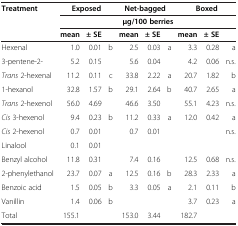
| Treatment | <COLSPAN=3> Exposed | <COLSPAN=3> Net-bagged | <COLSPAN=3> Boxed |
 |  | <COLSPAN=9> μg/100 berries |
 |  | mean | ± SE |  | mean | ± SE |  | mean | ± SE |  |
 | --- | --- | --- | --- | --- | --- | --- | --- | --- | --- |
 | Hexenal | 1.0 | 0.01 | b | 2.5 | 0.03 | a | 3.3 | 0.28 | a |
 | 3-pentene-2- | 5.2 | 0.15 |  | 5.6 | 0.04 |  | 4.2 | 0.06 | n.s. |
 | Trans 2-hexenal | 11.2 | 0.11 | c | 33.8 | 2.22 | a | 20.7 | 1.82 | b |
 | 1-hexanol | 32.8 | 1.57 | b | 29.1 | 2.64 | b | 40.7 | 2.65 | a |
 | Trans 2-hexenol | 56.0 | 4.69 |  | 46.6 | 3.50 |  | 55.1 | 4.23 | n.s. |
 | Cis 3-hexenol | 9.4 | 0.23 | b | 11.2 | 0.33 | a | 12.0 | 0.42 | a |
 | Cis 2-hexenol | 0.7 | 0.01 |  | 0.7 | 0.01 |  |  |  | n.s. |
 | Linalool | 0.1 | 0.01 |  |  |  |  |  |  |  |
 | Benzyl alcohol | 11.8 | 0.31 |  | 7.4 | 0.16 |  | 12.5 | 0.68 | n.s. |
 | 2-phenylethanol | 23.7 | 0.07 | a | 12.5 | 0.16 | b | 28.3 | 2.33 | a |
 | Benzoic acid | 1.5 | 0.05 | b | 3.3 | 0.05 | a | 2.1 | 0.11 | b |
 | Vanillin | 1.4 | 0.06 | b |  |  |  | 3.7 | 0.23 | a |
 | Total | 155.1 |  |  | 153.0 | 3.44 |  | 182.7 |  |  |